Indian journal of veterinary science and animal husbandry - Volumes 18-21, 1948-1951
Year: 1948
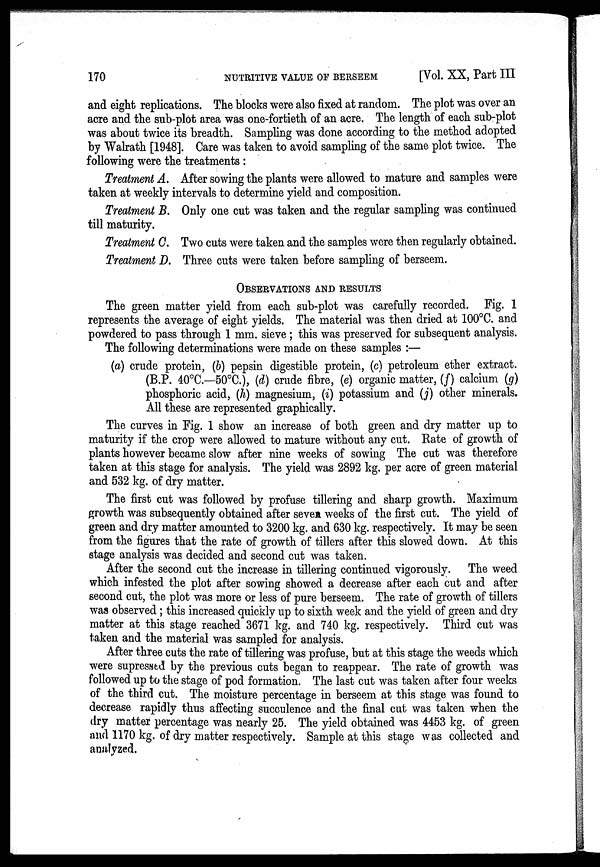
170
NUTRITIVE
VALUE
OF
BERSEEM
[Vol. XX, Part III
and eight replications. The blocks were also fixed at random. The plot was over an
acre and the sub-plot area was one-fortieth of an acre. The length of each sub-plot
was about twice its breadth. Sampling was done according to the method adopted
by Walrath [1948]. Care was taken to avoid sampling of the same plot twice. The
following were the treatments :
Treatment A. After sowing the plants were allowed to mature and samples were
taken at weekly intervals to determine yield and composition.
Treatment B. Only one cut was taken and the regular sampling was continued
till maturity.
Treatment C. Two cuts were taken and the samples were then regularly obtained.
Treatment D. Three cuts were taken before sampling of berseem.
OBSERVATIONS AND RESULTS
The green matter yield from each sub-plot was carefully recorded. Fig. 1
represents the average of eight yields. The material was then dried at 100°C. and
powdered to pass through 1 mm. sieve ; this was preserved for subsequent analysis.
The following determinations were made on these samples :—
(a) crude protein, (b) pepsin digestible protein, (c) petroleum ether extract.
(B.P. 40°C—50°C), (d) crude fibre, (e) organic matter, (f) calcium (g)
phosphoric acid, (h) magnesium, (i) potassium and (j) other minerals.
All these are represented graphically.
The curves in Fig. 1 show an increase of both green and dry matter up to
maturity if the crop were allowed to mature without any cut. Rate of growth of
plants however became slow after nine weeks of sowing The cut was therefore
taken at this stage for analysis. The yield was 2892 kg. per acre of green material
and 532 kg. of dry matter.
The first cut was followed by profuse tillering and sharp growth. Maximum
growth was subsequently obtained after seven weeks of the first cut. The yield of
green and dry matter amounted to 3200 kg. and 630 kg. respectively. It may be seen
from the figures that the rate of growth of tillers after this slowed down. At this
stage analysis was decided and second cut was taken.
After the second cut the increase in tillering continued vigorously. The weed
which infested the plot after sowing showed a decrease after each cut and after
second cut, the plot was more or less of pure berseem. The rate of growth of tillers
was observed ; this increased quickly up to sixth week and the yield of green and dry
matter at this stage reached 3671 kg. and 740 kg. respectively. Third cut was
taken and the material was sampled for analysis.
After three cuts the rate of tillering was profuse, but at this stage the weeds which
were supressed by the previous cuts began to reappear. The rate of growth was
followed up to the stage of pod formation. The last cut was taken after four weeks
of the third cut. The moisture percentage in berseem at this stage was found to
decrease rapidly thus affecting succulence and the final cut was taken when the
dry matter percentage was nearly 25. The yield obtained was 4453 kg. of green
and 1170 kg. of dry matter respectively. Sample at this stage was collected and
analyzed.